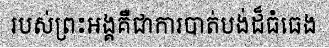
របស់ព្រះអង្គគឺជាការបាត់បង់ដ៏ធំធេង